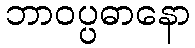
ဘာဝပ္ပဓာနော